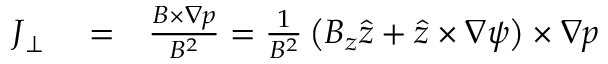
\begin{array} { r l r } { \boldsymbol { J } _ { \perp } } & { { } = } & { \frac { \boldsymbol { B } \times \nabla p } { B ^ { 2 } } = \frac { 1 } { B ^ { 2 } } \left( B _ { z } \boldsymbol { \hat { z } } + \boldsymbol { \hat { z } } \times \nabla \psi \right) \times \nabla p } \end{array}